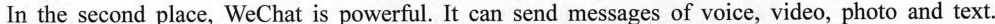
In the second place, WeChat is powerful. It can send messages of voice, video, photo and text.